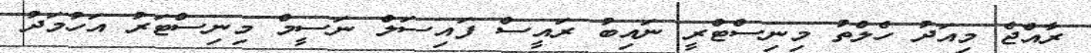
ރާއްޖެ މިއަދު ހެލްތު މިނިސްޓްރީ ނައިބު ރައީސް ފައިސަލް ނަސީމް މިނިސްޓަރު އަހުމަދު